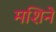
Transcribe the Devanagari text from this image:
मशिने